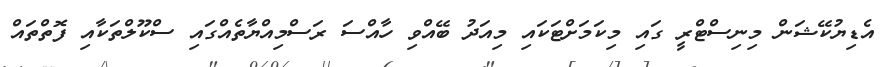
އެޑިޔުކޭޝަން މިނިސްޓްރީ ގައި މިކަމަށްޓަކައި މިއަދު ބޭއްވި ހާއްސަ ރަސްމިއްޔާތެއްގައި ސްކޫލްތަކާއި ފޮތްތައް